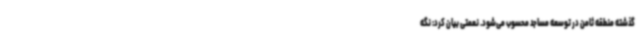
گذشته منطقه ثامن در توسعه مساجد محسوب می‌شود. نعمتی بیان کرد: نگه